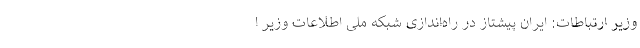
وزیر ارتباطات: ایران پیشتاز در راه‌اندازی شبکه ملی اطلاعات وزیر ا